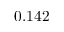
0 . 1 4 2